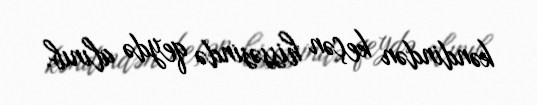
kəndindən keçən hissəsində qeydə alınıb.